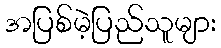
အပြစ်မဲ့ပြည်သူများ